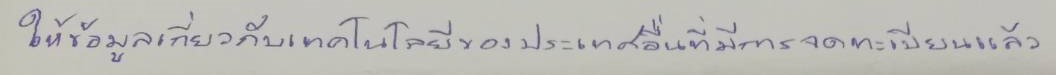
ให้ข้อมูลเกี่ยวกับเทคโนโลยีของประเทศอื่นที่มีการจดทะเบียนแล้ว